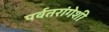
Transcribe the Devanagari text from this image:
पर्वतरांगेशी